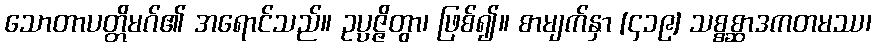
သောတာပတ္တိမဂ်၏ အရောင်သည်။ ဥပ္ပဇ္ဇိတွာ၊ ဖြစ်၍။ စာမျက်နှာ [၄၁၉] သစ္စစ္ဆာဒကတမဿ၊